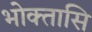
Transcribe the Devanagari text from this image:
भोक्तासि